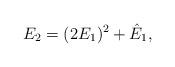
LaTeX: \begin{align*}E_2=(2E_1)^2+\hat E_1,\end{align*}